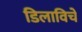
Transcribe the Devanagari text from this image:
डिलाविचे